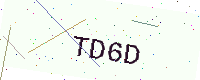
Text: TD6D